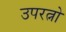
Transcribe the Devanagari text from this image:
उपरत्नो